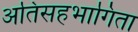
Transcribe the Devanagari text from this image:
अतिसहभागिता